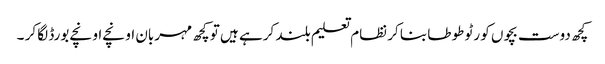
کچھ دوست بچوں کو رٹو طوطا بنا کر نظام تعلیم بلند کرہے ہیں تو کچھ مہربان اونچے اونچے بورڈ لگا کر ۔